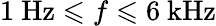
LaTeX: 1~\mathrm{Hz}\leqslant f\leqslant 6~\mathrm{kHz}